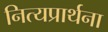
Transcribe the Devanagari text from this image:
नित्यप्रार्थना